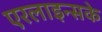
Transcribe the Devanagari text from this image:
एरलाइन्सके